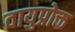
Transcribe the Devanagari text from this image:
वायुप्रोक्त